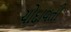
ચોદાવતી